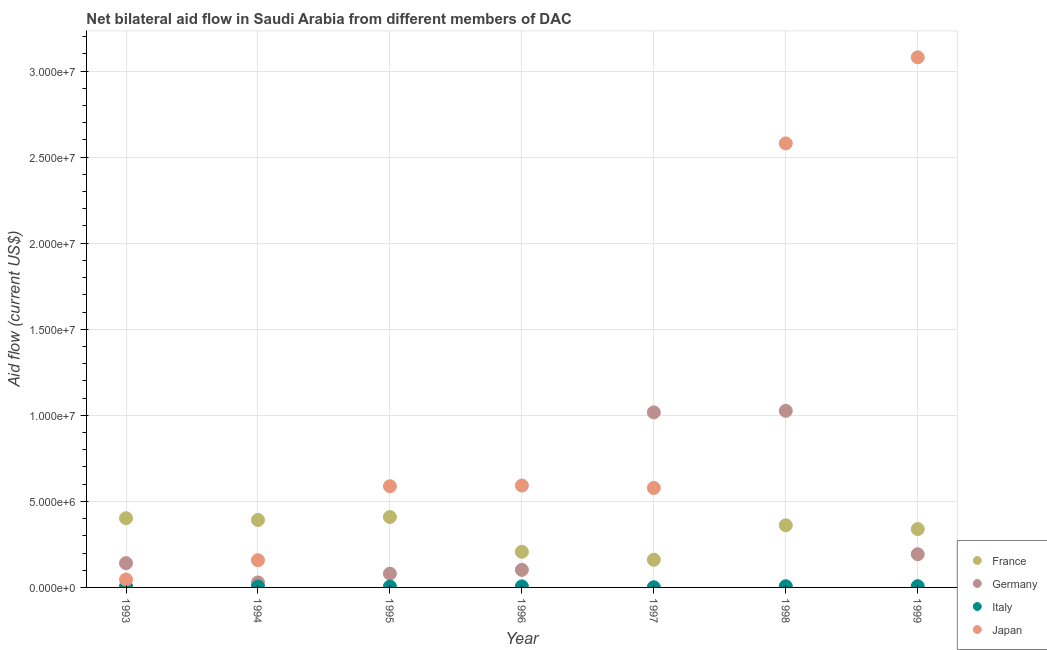
| Year | France | Germany | Italy | Japan |
 | --- | --- | --- | --- | --- |
 | 1993 | 4.02e+06 | 1.41e+06 | 6e+04 | 4.6e+05 |
 | 1994 | 3.92e+06 | 2.9e+05 | 5e+04 | 1.58e+06 |
 | 1995 | 4.09e+06 | 8e+05 | 5e+04 | 5.88e+06 |
 | 1996 | 2.07e+06 | 1.02e+06 | 6e+04 | 5.92e+06 |
 | 1997 | 1.61e+06 | 1.02e+07 | 1e+04 | 5.78e+06 |
 | 1998 | 3.61e+06 | 1.03e+07 | 7e+04 | 2.58e+07 |
 | 1999 | 3.39e+06 | 1.93e+06 | 7e+04 | 3.08e+07 |